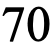
70